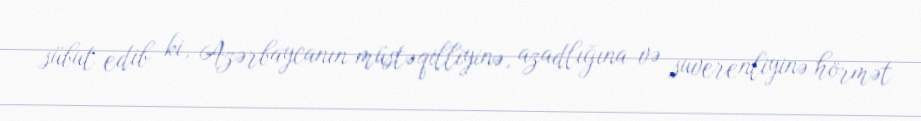
sübut edib ki, Azərbaycanın müstəqilliyinə, azadlığına və suverenliyinə hörmət